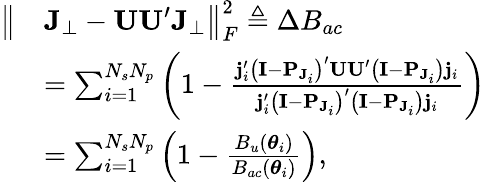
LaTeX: \begin{array}{rl}{\big\| }&{\mathbf{J}_{\perp}-\mathbf{UU}^{\prime}\mathbf{J}_{\perp}\big\| _{F}^{2}\triangleq\Delta B_{ac}}\\ &{=\sum_{i=1}^{N_{s}N_{p}}\left(1-\frac{\mathbf{j}_{i}^{\prime}\left(\mathbf{I}-\mathbf{P}_{\mathbf{J}_{i}}\right)^{\prime}\mathbf{UU}^{\prime}\left(\mathbf{I}-\mathbf{P}_{\mathbf{J}_{i}}\right)\mathbf{j}_{i}}{\mathbf{j}_{i}^{\prime}\left(\mathbf{I}-\mathbf{P}_{\mathbf{J}_{i}}\right)^{\prime}\left(\mathbf{I}-\mathbf{P}_{\mathbf{J}_{i}}\right)\mathbf{j}_{i}}\right)}\\ &{=\sum_{i=1}^{N_{s}N_{p}}\left(1-\frac{B_{u}(\boldsymbol\theta_{i})}{B_{ac}(\boldsymbol\theta_{i})}\right),}\end{array}